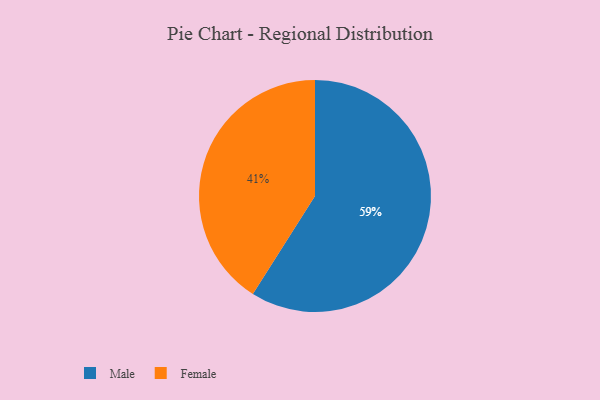
{"axis": {"x": "Category", "y": "Percentage"}, "legend": ["Female", "Male"], "data": [{"x": "Female", "y": 41, "type": "Female"}, {"x": "Male", "y": 59, "type": "Male"}]}